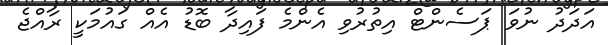
އަދަދު ނުވަ ޕަސެންޓް އިތުރުވި އެންމެ ފައިދާ ބޮޑު އެއް ގައުމަކީ ރާއްޖެ